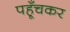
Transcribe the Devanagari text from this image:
पहूँचकर